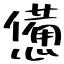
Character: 憊